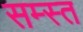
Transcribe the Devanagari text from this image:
सम्स्त